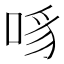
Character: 𪡊